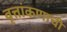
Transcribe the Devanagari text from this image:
वृत्तांकणाची